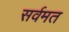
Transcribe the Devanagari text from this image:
सर्वमत